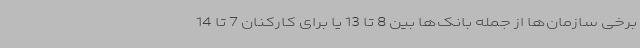
برخی سازمان‌ها از جمله بانک‌ها بین 8 تا 13 یا برای کارکنان 7 تا 14